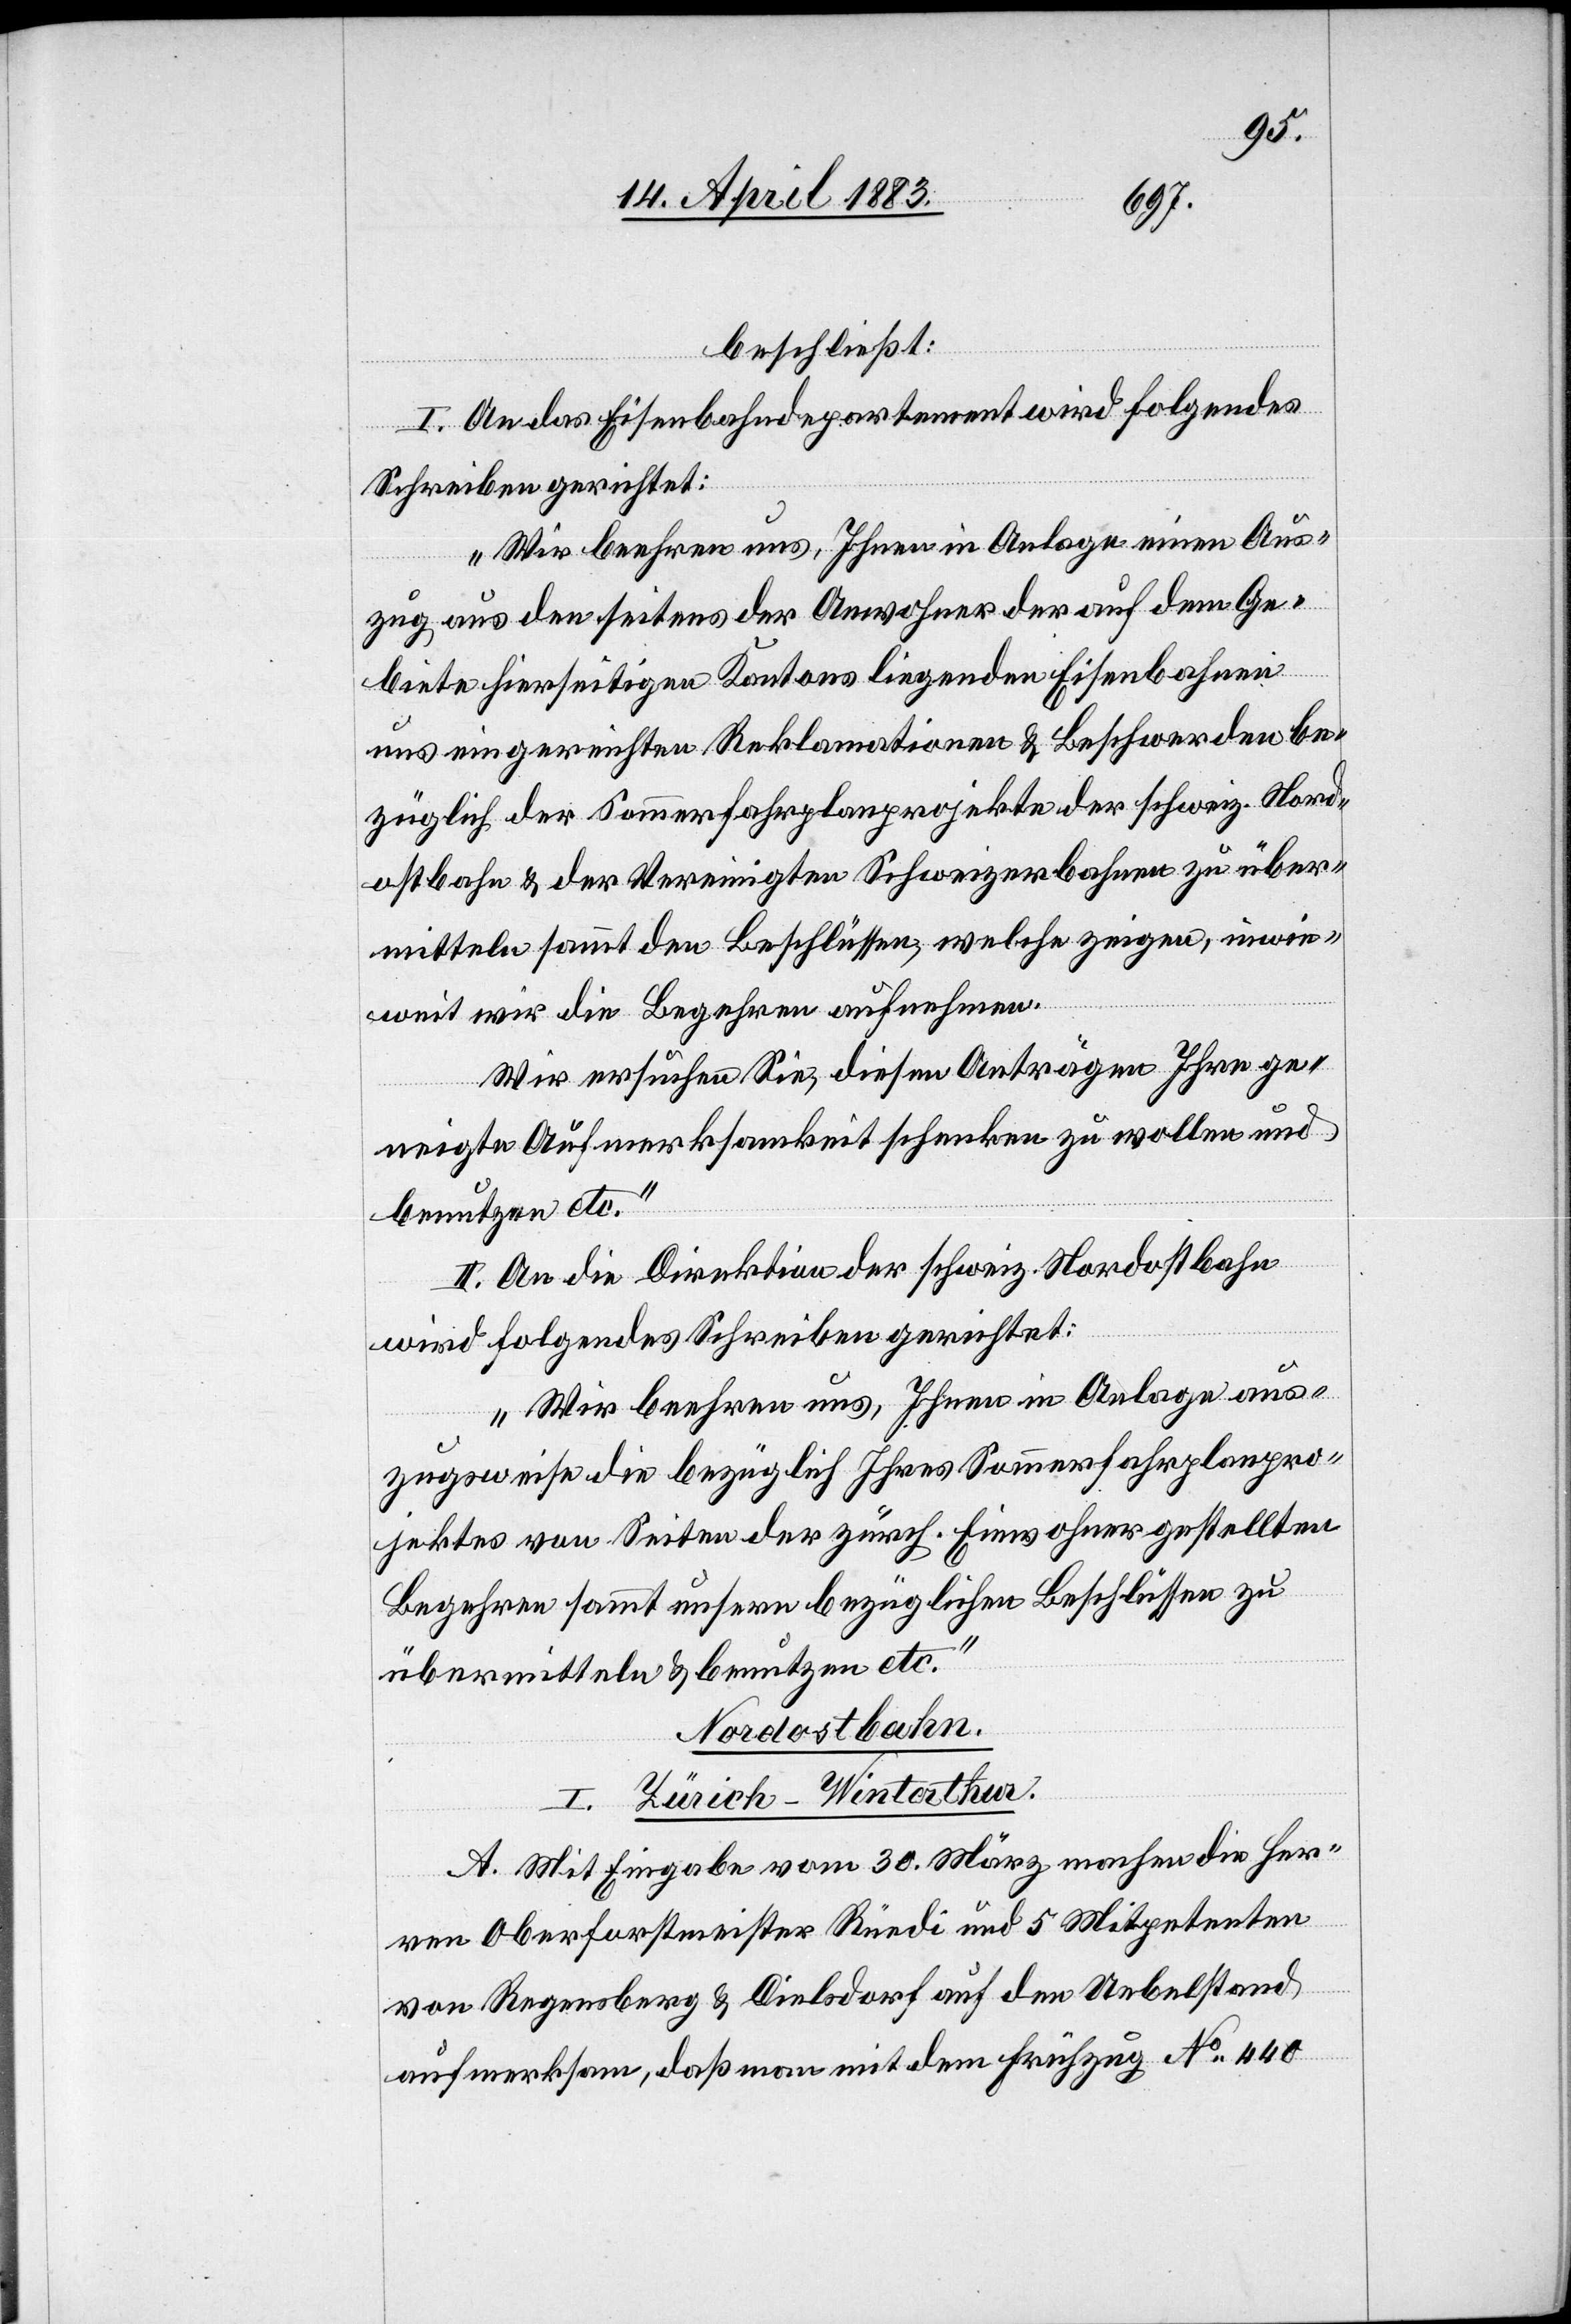
beschließt:
I. An das Eisenbahndepartement wird folgendes
Schreiben gerichtet:
„Wir beehren uns, Ihnen in Anlage einen Aus¬
zug aus den seitens der Anwohner der auf dem Ge¬
biete hierseitigen Kantons liegenden Eisenbahnen
uns eingereichten Reklamationen & Beschwerden be¬
züglich der Sommerfahrplanprojekte der schweiz. Nord¬
ostbahn & der Vereinigten Schweizerbahnen zu über¬
mitteln sammt den Beschlüssen, welche zeigen, inwie¬
weit wir die Begehren aufnehmen.
Wir ersuchen Sie, diesen Anträgen Ihre ge¬
neigte Aufmerksamkeit schenken zu wollen und
benutzen etc.“
II. An die Direktion der schweiz. Nordostbahn
wird folgendes Schreiben gerichtet:
„Wir beehren uns, Ihnen in Anlage aus¬
zugsweise die bezüglich Ihres Sommerfahrplanpro¬
jektes von Seiten der zürch. Einwohner gestellten
Begehren sammt unsern bezüglichen Beschlüssen zu
übermitteln & benutzen etc.“
Nordostbahn.
I. Zürich–Winterthur.
A. Mit Eingabe vom 30. März machen die Her¬
ren Oberforstmeister Rüedi und 5 Mitpetenten
von Regensberg & Dielsdorf auf den Uebelstand
aufmerksam, daß man mit dem Frühzug No 440